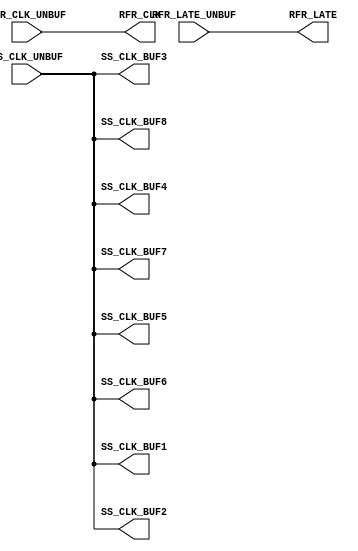
module ACSS2MEM(SS_CLK_UNBUF, RFR_CLK_UNBUF, RFR_LATE_UNBUF, 
        SS_CLK_BUF1, SS_CLK_BUF2, SS_CLK_BUF3, SS_CLK_BUF4, 
        SS_CLK_BUF5, SS_CLK_BUF6, SS_CLK_BUF7, SS_CLK_BUF8, 
        RFR_CLK, RFR_LATE);
input   SS_CLK_UNBUF;
input   RFR_CLK_UNBUF;
input   RFR_LATE_UNBUF;
output  SS_CLK_BUF1;
output  SS_CLK_BUF2;
output  SS_CLK_BUF3;
output  SS_CLK_BUF4;
output  SS_CLK_BUF5;
output  SS_CLK_BUF6;
output  SS_CLK_BUF7;
output  SS_CLK_BUF8;
output  RFR_CLK;
output  RFR_LATE;
buf g0(SS_CLK_BUF1, SS_CLK_UNBUF);
buf g1(SS_CLK_BUF2, SS_CLK_UNBUF);
buf g2(SS_CLK_BUF3, SS_CLK_UNBUF);
buf g3(SS_CLK_BUF4, SS_CLK_UNBUF);
buf g4(SS_CLK_BUF5, SS_CLK_UNBUF);
buf g5(SS_CLK_BUF6, SS_CLK_UNBUF);
buf g6(SS_CLK_BUF7, SS_CLK_UNBUF);
buf g7(SS_CLK_BUF8, SS_CLK_UNBUF);
buf g8(RFR_CLK, RFR_CLK_UNBUF);
buf g9(RFR_LATE, RFR_LATE_UNBUF);
endmodule